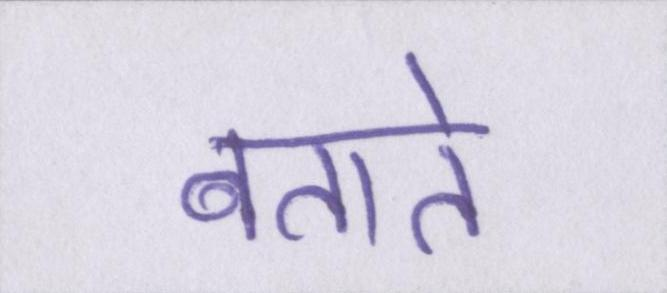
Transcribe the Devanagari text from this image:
बताते